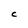
Character: C